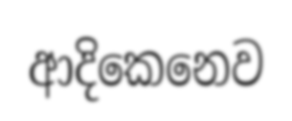
ආදිකෙනෙව